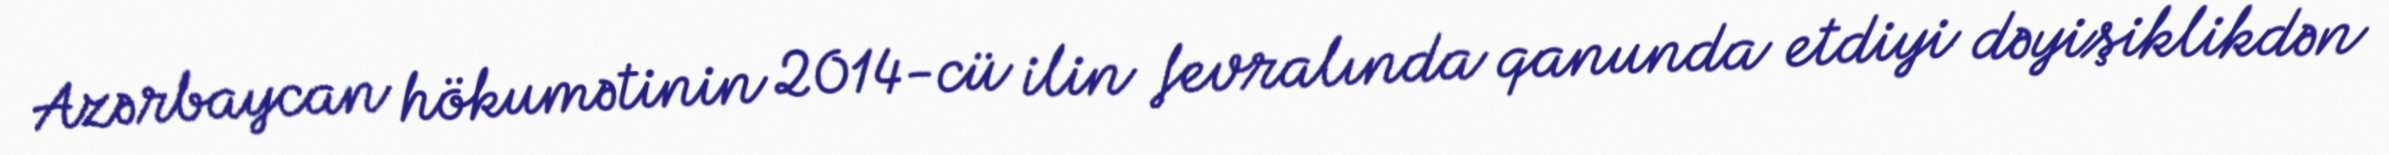
Azərbaycan hökumətinin 2014-cü ilin fevralında qanunda etdiyi dəyişiklikdən